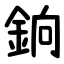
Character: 銄